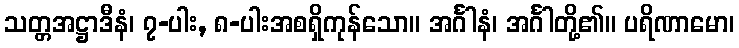
သတ္တအဋ္ဌာဒီနံ၊ ၇-ပါး, ၈-ပါးအစရှိကုန်သော။ အင်္ဂါနံ၊ အင်္ဂါတို့၏။ ပရိဏာမော၊